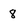
Character: 8